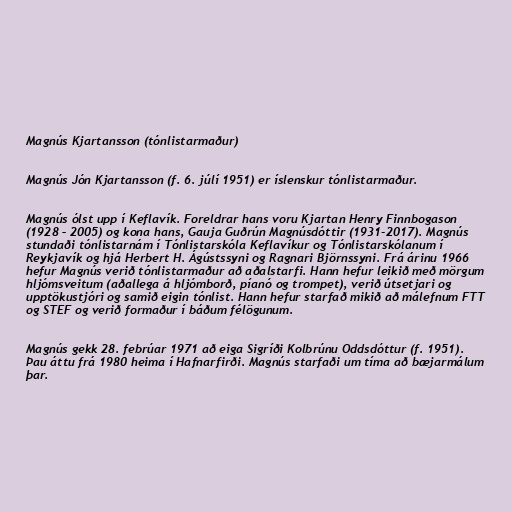
Magnús Kjartansson (tónlistarmaður)

Magnús Jón Kjartansson (f. 6. júlí 1951) er íslenskur tónlistarmaður.

Magnús ólst upp í Keflavík. Foreldrar hans voru Kjartan Henry Finnbogason
(1928 – 2005) og kona hans, Gauja Guðrún Magnúsdóttir (1931-2017). Magnús
stundaði tónlistarnám í Tónlistarskóla Keflavíkur og Tónlistarskólanum í
Reykjavík og hjá Herbert H. Ágústssyni og Ragnari Björnssyni. Frá árinu 1966
hefur Magnús verið tónlistarmaður að aðalstarfi. Hann hefur leikið með mörgum
hljómsveitum (aðallega á hljómborð, píanó og trompet), verið útsetjari og
upptökustjóri og samið eigin tónlist. Hann hefur starfað mikið að málefnum FTT
og STEF og verið formaður í báðum félögunum.

Magnús gekk 28. febrúar 1971 að eiga Sigríði Kolbrúnu Oddsdóttur (f. 1951).
Þau áttu frá 1980 heima í Hafnarfirði. Magnús starfaði um tíma að bæjarmálum
þar.